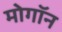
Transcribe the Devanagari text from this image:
मोगॉन